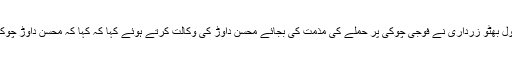
چیئرمین پاکستان پیپلزپارٹی بلاول بھٹو زرداری نے فوجی چوکی پر حملے کی مذمت کی بجائے محسن داوڑ کی وکالت کرتے ہوئے کہا کہ کہا کہ محسن داوڑ چوکی پر حملہ کیسے کر سکتا ہے؟